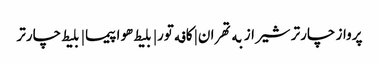
پرواز چارتر شیراز به تهران | کافه تور| بلیط هواپیما | بلیط چارتر